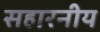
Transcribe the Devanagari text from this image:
सहारनीय